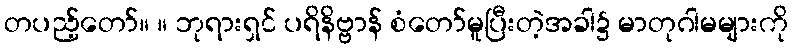
တပည့်တော်။ ။ ဘုရားရှင် ပရိနိဗ္ဗာန် စံတော်မူပြီးတဲ့အခါ၌ မာတုဂါမများကို